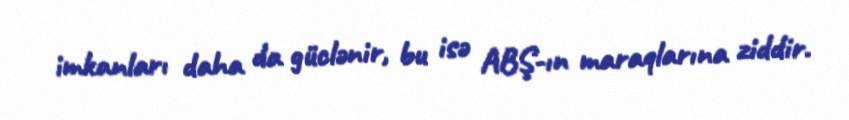
imkanları daha da güclənir, bu isə ABŞ-ın maraqlarına ziddir.